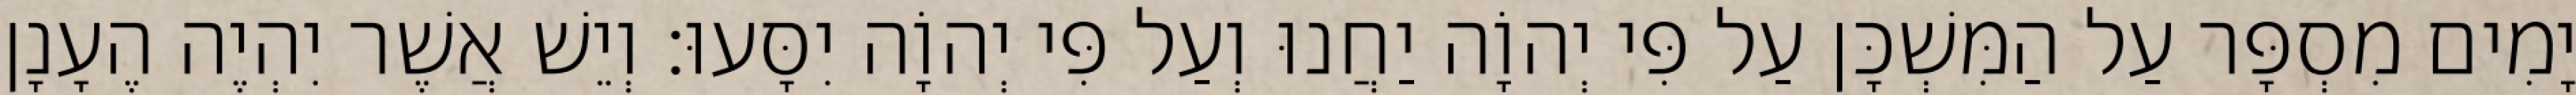
יָמִים מִסְפָּר עַל הַמִּשְׁכָּן עַל פִּי יְהוָֹה יַחֲנוּ וְעַל פִּי יְהוָֹה יִסָּעוּ׃ וְיֵשׁ אֲשֶׁר יִהְיֶה הֶעָנָן